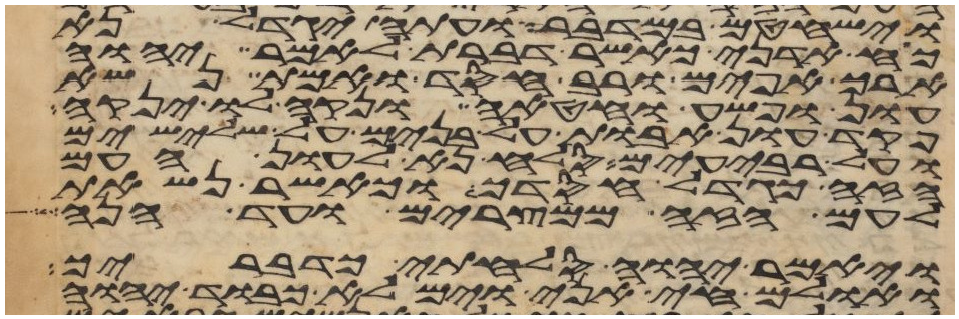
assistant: וישחטם במדבר ועתה יגדל נא
כח אדני כאשר דברת לאמר יהוה
ארך אפים ורב חסד ואמת נשא
עון ופשע וחטאה ונקה לו ינקה
פקד עון אבות על בנים על שלישים
ועל רביעים סלח נא לעון העם
הזה כגדל חסדך וכאשר נשאת
לעם הזה ממצרים ועד הנה
ויאמר יהוה סלחתי כדבריך
ואולם חי אני וימלא כבוד יהוה